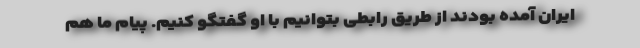
ایران آمده بودند از طریق رابطی بتوانیم با او گفتگو کنیم. پیام ما هم